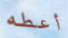
أعطه